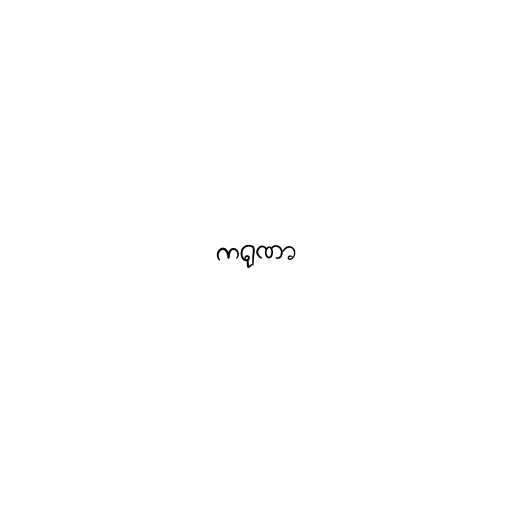
ကရုဏာ